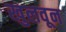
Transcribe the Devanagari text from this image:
खुलवून